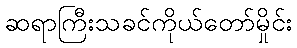
ဆရာကြီးသခင်ကိုယ်တော်မှိုင်း